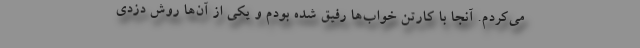
می‌کردم. آنجا با کارتن خواب‌ها رفیق شده بودم و یکی از آن‌ها روش دزدی